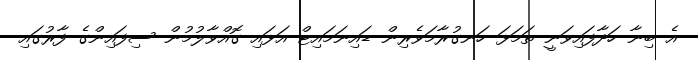
އެ ބިނާ ހަދާފައިވަނީ ތަމަޅަ ހަނގުރާމަވެރިން ޑައިނަމައިޓް އަޅައި ގޮއްވާލުމުން ސިފައިންގެ ފާރުގައި